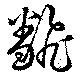
飜